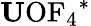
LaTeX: \mathrm{{\mathbf U}OF_{4}}^{*}